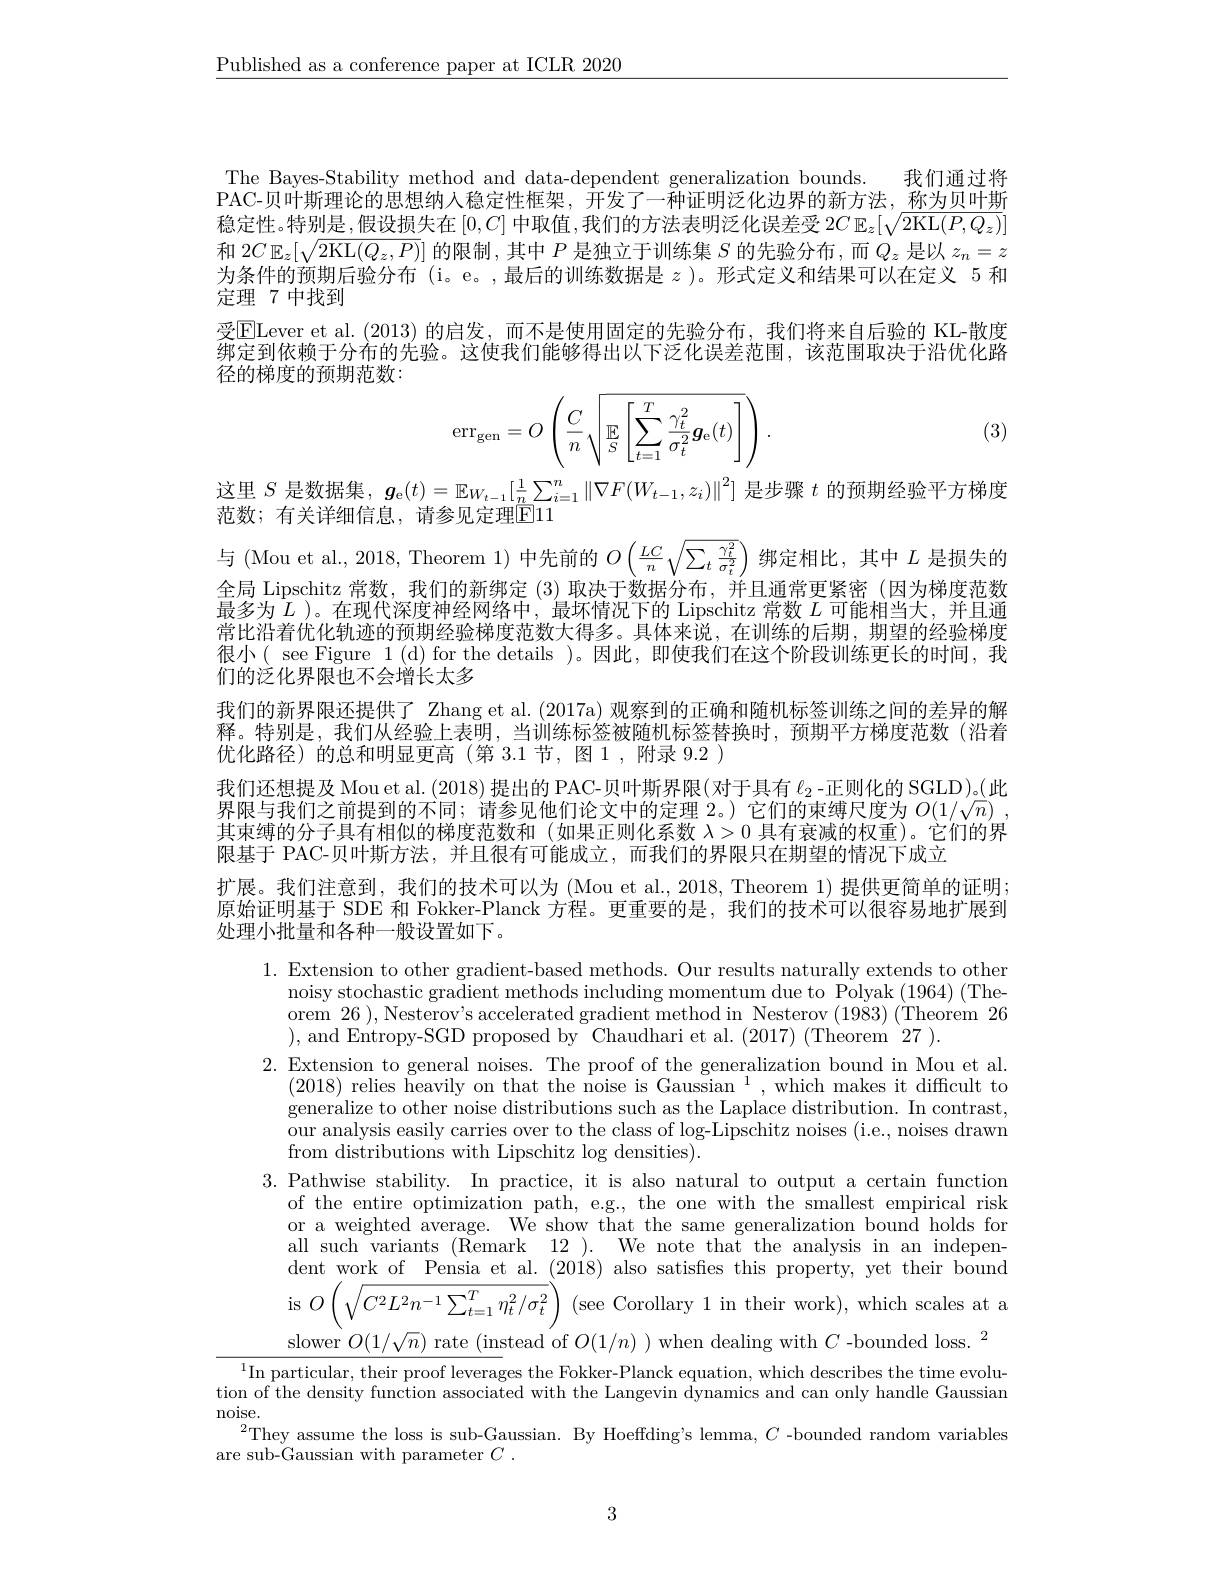
$\underline{\text{Published as a conference paper at ICLR 2020}}$

The Bayes-Stability method and data-dependent generalization bounds. 我们通过将$\bar{\text{PAC-贝叶斯理论的思想纳入稳定性框架，开发了一种证明泛化边界的新方法，称为贝叶斯}}$ 稳定性。特别是，假设损失在$[0,C]$中取值，我们的方法表明泛化误差受 2$C\operatorname{E}_z[\sqrt{2\operatorname{KL}(P,Q_z)}]$ 和$2C\mathbb{E}_z[\sqrt{2\mathrm{KL}(Q_z,P)}]$的限制，其中$P$是独立于训练集$S$的先验分布，而$Q_z$是以$z_n=z$ 为条件的预期后验分布 (i。e。,最后的训练数据是$z$ )。形式定义和结果可以在定义 5 和定理 7 中找到
受$\overline{\mathrm{E}}$Lever et al.(2013)的启发，而不是使用固定的先验分布，我们将来自后验的 KL-散度$\tilde{\text{绑定到依赖于分布的先验。这使我们能够得出以下泛化误差范围，该范围取决于沿优化路}}$ 径的梯度的预期范数：
$$\mathrm{err}_{\mathrm{gen}}=O\left(\frac{C}{n}\sqrt{\mathrm{E}_{S}\left[\sum_{t=1}^{T}\frac{\gamma_{t}^{2}}{\sigma_{t}^{2}}g_{\mathrm{e}}(t)\right]}\right).$$
(3)

这里$S$是数据集，$g_\mathrm{e}(t)=\mathbb{E}_{W_{t-1}}[\frac1n\sum_{i=1}^n\|\nabla F(W_{t-1},z_i)\|^2]$是步骤$t$的预期经验平方梯度
范数；有关详细信息，请参见定理$\overline{\mathrm{E}}$11

与(Mou et al., 2018, Theorem 1) 中先前的$O\left(\frac{LC}n\sqrt{\sum_t\frac{\gamma_t^2}{\sigma_t^2}}\right)$绑定相比，其中$L$是损失的全局 Lipschitz 常数，我们的新绑定 (3) 取决于数据分布，并且通常更紧密 (因为梯度范数最多为$L$ )。在现代深度神经网络中，最坏情况下的 Lipschitz 常数$L$可能相当大，并且通常比沿着优化轨迹的预期经验梯度范数大得多。具体来说，在训练的后期，期望的经验梯度很小( see Figure 1(d) for the details )。因此，即使我们在这个阶段训练更长的时间，我们的泛化界限也不会增长太多
我们的新界限还提供了 Zhang et al.(2017a) 观察到的正确和随机标签训练之间的差异的解释。特别是，我们从经验上表明，当训练标签被随机标签替换时，预期平方梯度范数(沿着优化路径)的总和明显更高(第 3.1节，图1，附录 9.2 )
我们还想提及 Mou et al. (2018) 提出的 PAC-贝叶斯界限(对于具有$\ell_{2}$ -正则化的 SGLD)。(此界限与我们之前提到的不同；请参见他们论文中的定理2。)它们的束缚尺度为$O(1/\sqrt{n})$, 其束缚的分子具有相似的梯度范数和 (如果正则化系数$\lambda>0$具有衰减的权重)。它们的界限基于 PAC-贝叶斯方法，并且很有可能成立，而我们的界限只在期望的情况下成立
扩展。我们注意到，我们的技术可以为 (Mou et al.,2018,Theorem 1)提供更简单的证明； 原始证明基于 SDE 和 Fokker-Planck 方程。更重要的是，我们的技术可以很容易地扩展到

处理小批量和各种一般设置如下。
1. Extension to other gradient-based methods. Our results naturally extends to other
noisy stochastic gradient methods including momentum due to Polyak (1964) (Theorem 26),Nesterov's accelerated gradient method in Nesterov (1983)(Theorem 26 ), and Entropy-SGD proposed by Chaudhari et al. (2017) (Theorem 27).
2. Extension to general noises. The proof of the generalization bound in Mou et al.
(2018) relies heavily on that the noise is Gaussian $^1$, which makes it difficult to generalize to other noise distributions such as the Laplace distribution. In contrast, our analysis easily carries over to the class of log-Lipschitz noises (i.e., noises drawn from distributions with Lipschitz log densities).
3.Pathwise stability. In practice, it is also natural to output a certain function
of the entire optimization path, e.g., the one with the smallest empirical risk or a weighted average. We show that the same generalization bound holds for all such variants (Remark 12). We note that the analysis in an independent work of Pensia et al. (2018) also satisfies this property, yet their bound is $O\left(\sqrt{C^{2}L^{2}n^{-1}\sum_{t=1}^{T}\eta_{t}^{2}/\sigma_{t}^{2}}\right)$ (see Corollary 1 in their work), which scales at a slower $O(1/\sqrt{n})$ rate (instead of $O(1/n)$ ) when dealing with $C$ -bounded loss. $^2$
$^1$In particular, their proof leverages the Fokker-Planck equation, which describes the time evolution of the density function associated with the Langevin dynamics and can only handle Gaussian noise.
$^{2}$They assume the loss is sub-Gaussian. By Hoeffding's lemma, $C$ -bounded random variables
are sub-Gaussian with parameter $C$

3